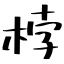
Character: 桲